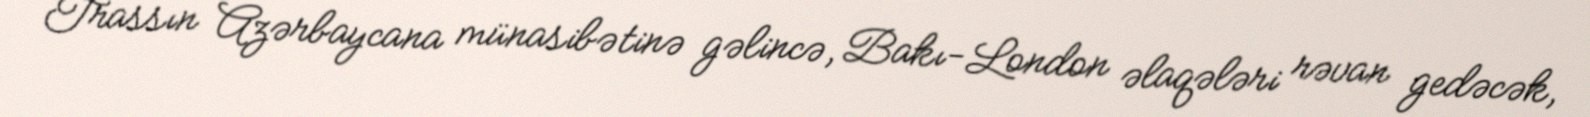
Trassın Azərbaycana münasibətinə gəlincə, Bakı-London əlaqələri rəvan gedəcək,